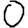
Digit: 0